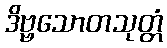
ဒိဗ္ဗသောတသုတ္တံ